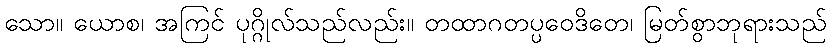
သော။ ယောစ၊ အကြင် ပုဂ္ဂိုလ်သည်လည်း။ တထာဂတပ္ပဝေဒိတေ၊ မြတ်စွာဘုရားသည်